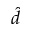
\hat { d }